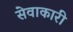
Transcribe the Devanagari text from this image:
सेवाकारी